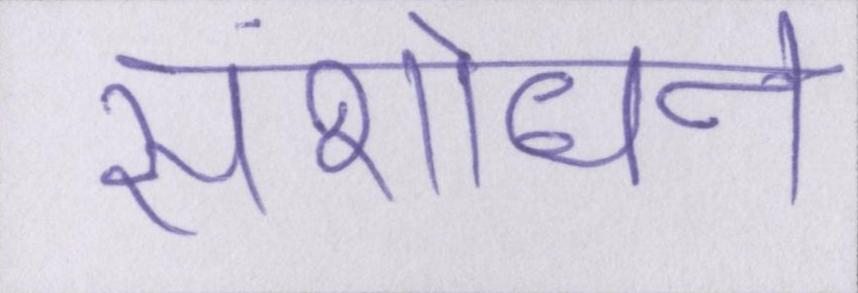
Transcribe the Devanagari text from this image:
संशोधन